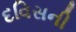
દવિસની